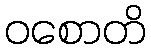
ဝစောတိ